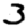
Digit: 3